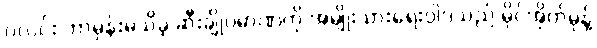
ဂလင်း ဘာမှန်းမသိခဲ့ ဆီးချိုပမာဏကို အမျိုးသားရေးဝါဒသည် မိုင်အိုက်မုန့်